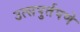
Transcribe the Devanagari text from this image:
उत्सपुर्तपणे